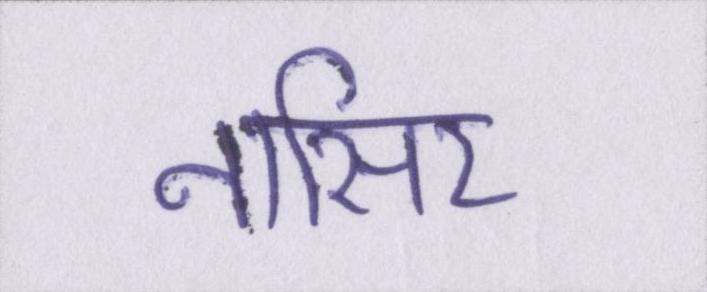
नासिर